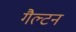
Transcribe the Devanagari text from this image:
गैल्टन